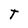
Character: T